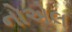
નોએલ